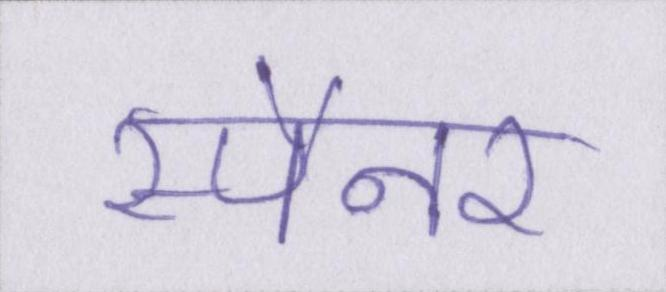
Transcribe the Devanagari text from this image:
स्पैनर